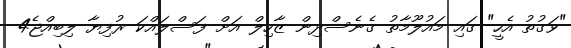
"ވަގުތު އެހީ" ގައި މައުލޫމާތު ގެނެސްދިން ޒާހިލް އަށް ފަސްލައްކަ ރުފިޔާ ލިބިއްޖެ4